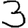
Digit: 3